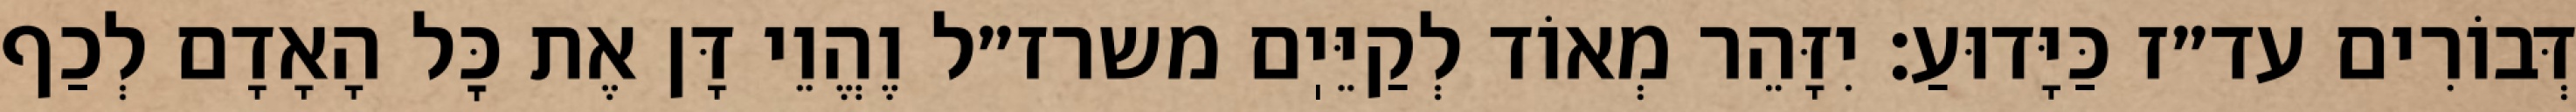
דְּבוֹרִים עד״ז כַּיָּדוּעַ: יִזָּהֵר מְאוֹד לְקַיֵּיֽם משרז״ל וֶהֱוֵי דָּן אֶת כׇּל הָאָדָם לְכַף